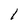
Character: l